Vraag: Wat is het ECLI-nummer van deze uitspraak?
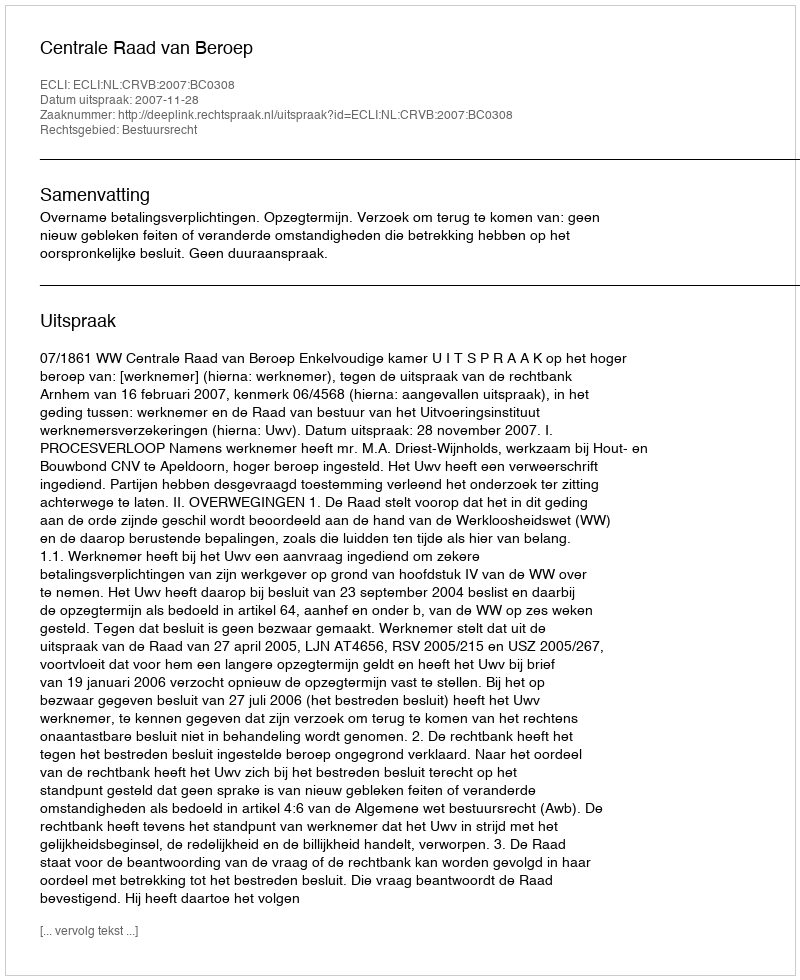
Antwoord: ECLI:NL:CRVB:2007:BC0308